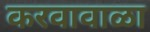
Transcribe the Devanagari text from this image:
करवावाळा